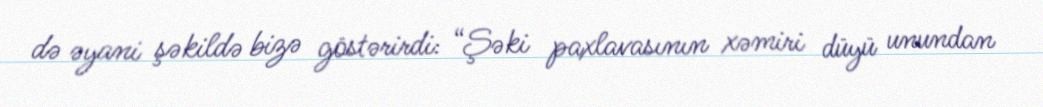
də əyani şəkildə bizə göstərirdi: “Şəki paxlavasının xəmiri düyü unundan